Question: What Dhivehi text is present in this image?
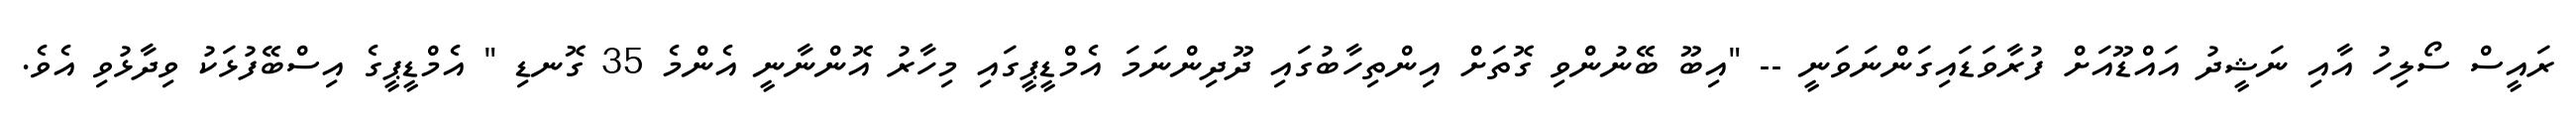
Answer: ރައީސް ސޯލިހު އާއި ނަޝީދު އައްޑޫއަށް ފުރާވަޑައިގަންނަވަނީ -- "އިބޫ ބޭނުންވި ގޮތަށް އިންތިހާބުގައި ދޫދިންނަމަ އެމްޑީޕީގައި މިހާރު އޮންނާނީ އެންމެ 35 ގޮނޑި " އެމްޑީޕީގެ އިސްބޭފުޅަކު ވިދާޅުވި އެވެ.